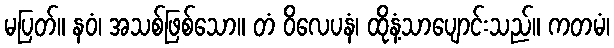
မပြတ်။ နဝံ၊ အသစ်ဖြစ်သော။ တံ ဝိလေပနံ၊ ထိုနံ့သာပျောင်းသည်။ ကတမံ၊